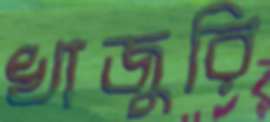
খাজুরি